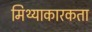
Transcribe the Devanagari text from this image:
मिथ्याकारकता